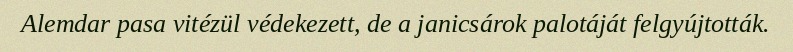
Alemdar pasa vitézül védekezett, de a janicsárok palotáját felgyújtották.